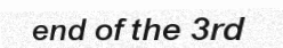
end of the 3rd